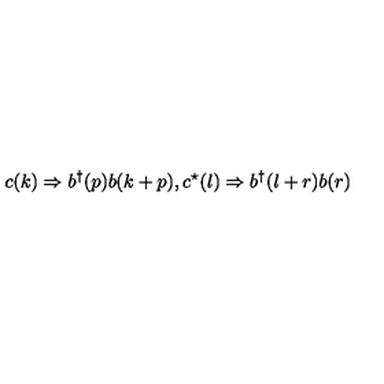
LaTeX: c ( k ) \Rightarrow b ^ { \dagger } ( p ) b ( k + p ) , c ^ { \star } ( l ) \Rightarrow b ^ { \dagger } ( l + r ) b ( r )